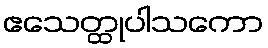
ဧသေတ္ထုပါသကော